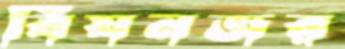
বিষনজর